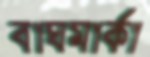
বাঘমার্কা